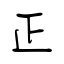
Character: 正